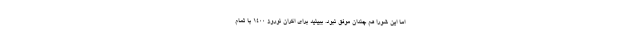
اما این شورا هم چندان موفق نبود. ببینید برای اکران نوروز ۱۴۰۰ با تمام